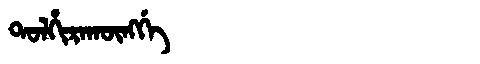
Manchu: ᡨᠣᠯᡥᡳᡵᠠᡴᡡᠩᡤᡝ
Romanization: TOLHIRAKŪNGGE